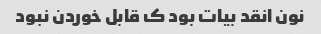
نون انقد بیات بود ک قابل خوردن نبود